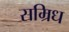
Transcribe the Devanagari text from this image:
सम्रिध